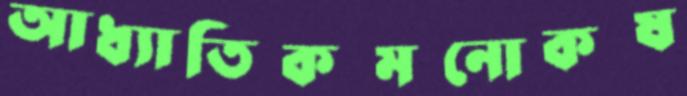
আধ্যাতিকমনোকষ